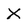
Character: X